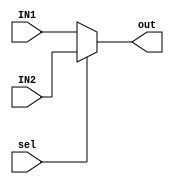
module mux_2_1 #(parameter In_Width=32 )
(
input   wire    [In_Width-1:0]   IN1,IN2,
input   wire                     sel,
output  reg     [In_Width-1:0]   out
);
always @(*)
  begin
    if(sel)
      begin
        out=IN2;
      end
    else
      begin
        out=IN1;
      end
  end
endmodule